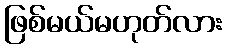
ဖြစ်မယ်မဟုတ်လား